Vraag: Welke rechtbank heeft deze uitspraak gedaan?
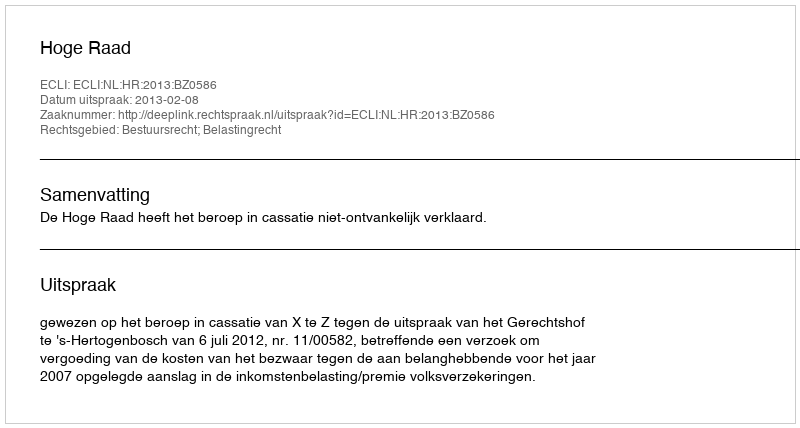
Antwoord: Hoge Raad